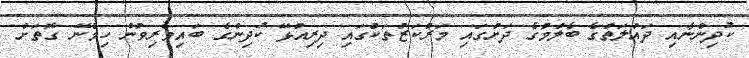
ކުދިންނާއި ދައުލަތުގެ ބެލުމުގެ ދަށުގައި މަރުކަޒުތަކުގައި ދިރިއުޅޭ ކުދިންގެ ބައިވެރިވުން ހިމެނޭ ގޮތަށް